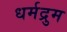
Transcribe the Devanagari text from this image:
धर्मद्रुम